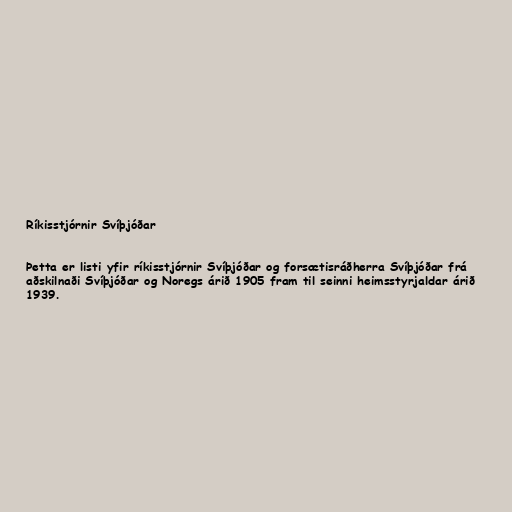
Ríkisstjórnir Svíþjóðar

Þetta er listi yfir ríkisstjórnir Svíþjóðar og forsætisráðherra Svíþjóðar frá
aðskilnaði Svíþjóðar og Noregs árið 1905 fram til seinni heimsstyrjaldar árið
1939.